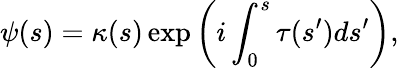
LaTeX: \psi(s)=\kappa(s)\exp\left(i\int_{0}^{s}\tau(s^{\prime})ds^{\prime}\right),